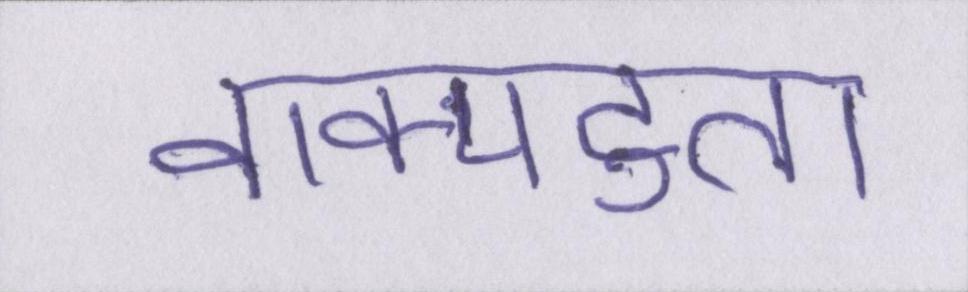
वाक्पटुता